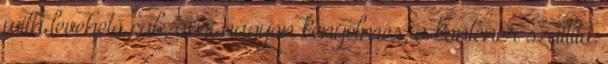
with levehető cab, ami nagyon kényelmes, a konténer szállító.